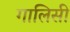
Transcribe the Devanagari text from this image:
गालिसी